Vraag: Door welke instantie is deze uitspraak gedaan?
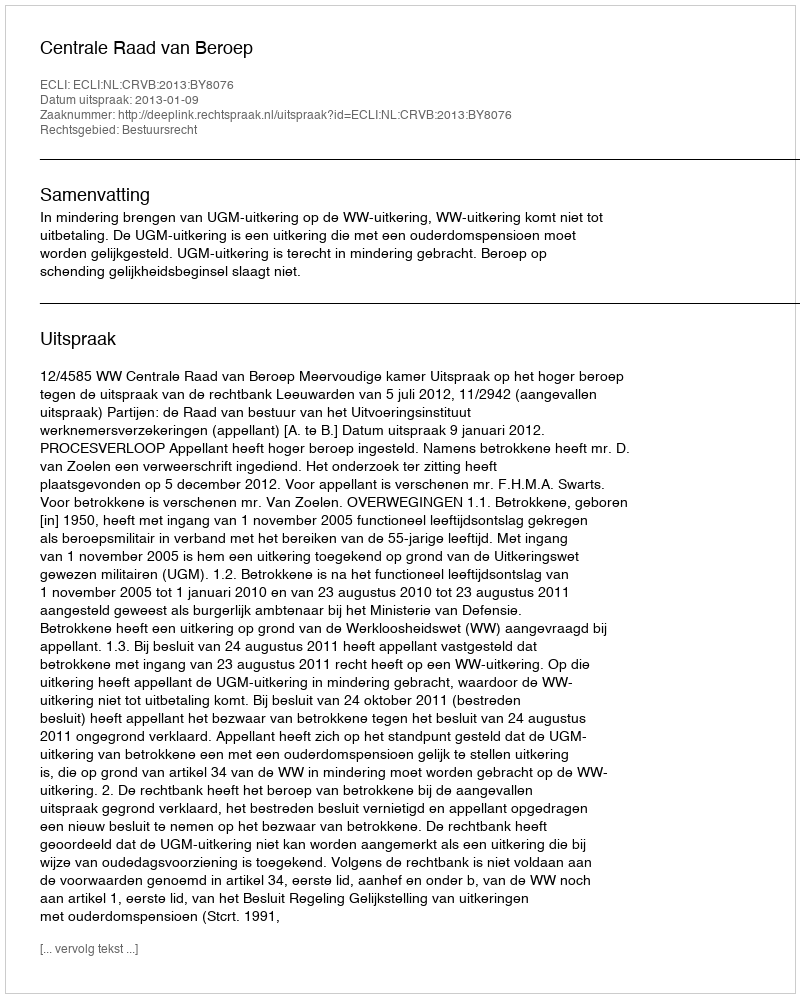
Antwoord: Centrale Raad van Beroep